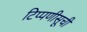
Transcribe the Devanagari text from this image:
टिप्पणीसूची